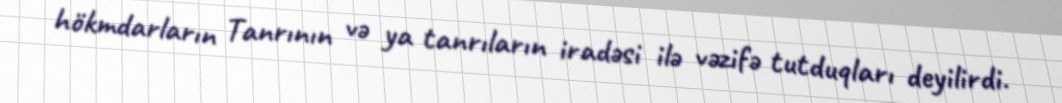
hökmdarların Tanrının və ya tanrıların iradəsi ilə vəzifə tutduqları deyilirdi.